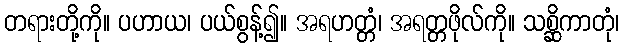
တရားတို့ကို။ ပဟာယ၊ ပယ်စွန့်၍။ အရဟတ္တံ၊ အရတ္တဖိုလ်ကို။ သစ္ဆိကာတုံ၊